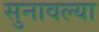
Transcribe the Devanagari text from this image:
सुनावल्या